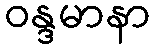
ဝန္ဒမာနာ